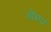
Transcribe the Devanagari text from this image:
औसध